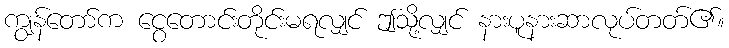
ကျွန်တော်က ငွေတောင်းတိုင်းမရလျှင် ဤသို့လျှင် နားပူနားဆာလုပ်တတ်၏။